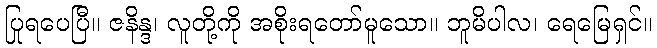
ပြုရပေပြီ။ ဇနိန္ဒ၊ လူတို့ကို အစိုးရတော်မူသော။ ဘူမိပါလ၊ ရေမြေရှင်။